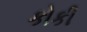
કોકી